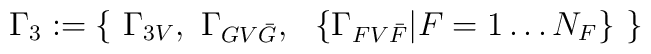
\Gamma_{3} : = \left\{ \, \, \Gamma_{3V}, \, \, \Gamma_{GV{\bar{G}}},\, \, \, \, \left\{\Gamma_{FV{\bar{F}}} | F = 1 \ldots N_{F} \right\} \, \, \right\}